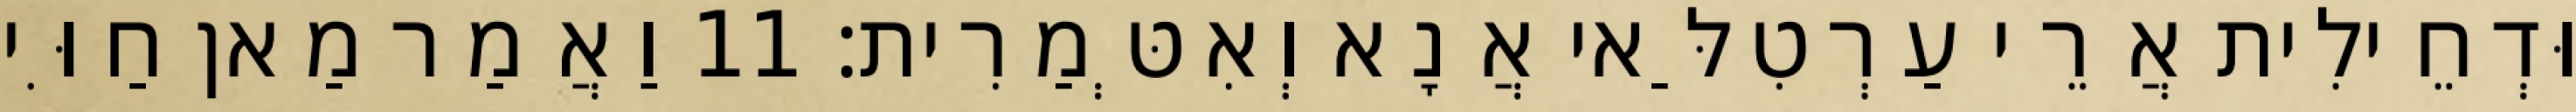
וּדְחֵילִית אֲרֵי עַרְטִלַּאי אֲנָא וְאִטְּמַרִית׃ 11 וַאֲמַר מַאן חַוִּי